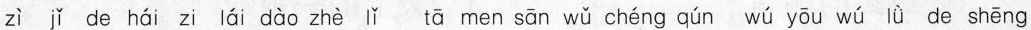
zì jǐ de hái zi lái dào zhè lǐ tā men sān wǔ chéng qún wú yōu wú lǜ de shēng